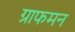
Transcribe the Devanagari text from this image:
ग्राफमन